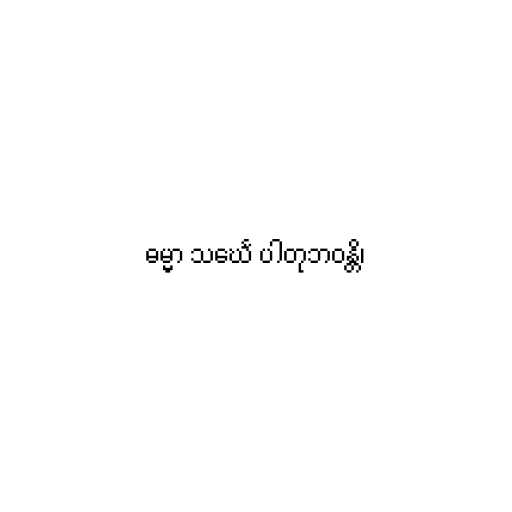
ဓမ္မာ သင်္ဃေ ပါတုဘဝန္တိ၊